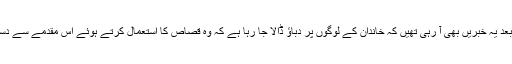
اس واقعے کے بعد یہ خبریں بھی آ رہی تھیں کہ خاندان کے لوگوں پر دباؤ ڈالا جا رہا ہے کہ وہ قصاص کا استعمال کرتے ہوئے اس مقدمے سے دستبردار ہو جائیں۔